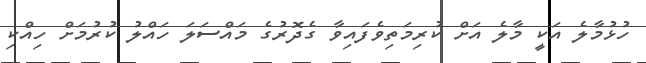
ހުޅުމާލެ އަކީ މާލެ އަށް ކުރިމަތިވެފައިވާ ގެދޮރުގެ މައްސަލަ ހައްލު ކުރުމަށް ހިއްކި